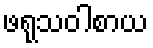
ဖရုသဝါစာယ